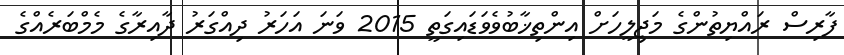
ފާރިސް ރައްޔިތުންގެ މަޖިލީހަށް އިންތިޚާބުވެވަޑައިގަތީ 2015 ވަނަ އަހަރު ދިއްގަރު ދާއިރާގެ މެމްބަރެއްގެ